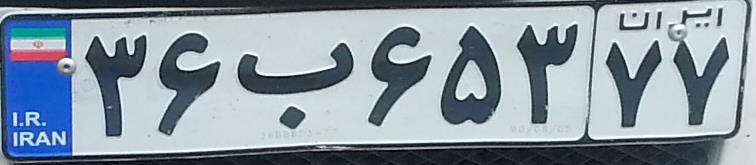
۳۶ب۶۵۳۷۷